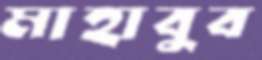
মাহাবুব